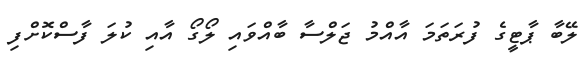
ލޭބާ ޕާޓީގެ ފުރަތަމަ އާއްމު ޖަލްސާ ބާއްވައި ލޯގޯ އާއި ކުލަ ފާސްކޮށްފި